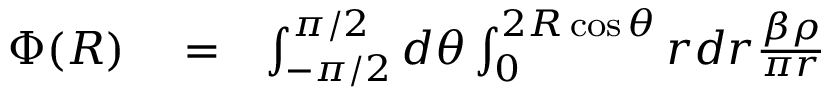
\begin{array} { r l r } { \Phi ( R ) } & { { } = } & { \int _ { - \pi / 2 } ^ { \pi / 2 } d \theta \int _ { 0 } ^ { 2 R \cos \theta } r d r \frac { \beta \rho } { \pi r } } \end{array}